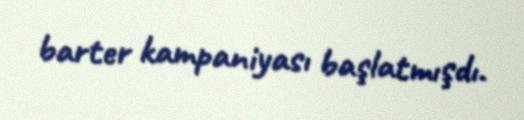
barter kampaniyası başlatmışdı.